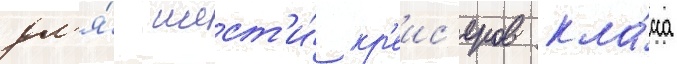
дл'я́ шест'и́ кр'еис'еров кла́сса